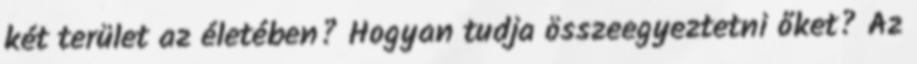
két terület az életében? Hogyan tudja összeegyeztetni őket? Az